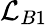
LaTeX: \mathcal{L}_{B1}